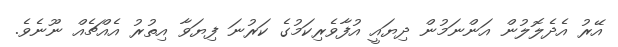
އޭރު އެދެލޮލުން އަންނަމުން ދިޔައީ އުފާވެރިކަމުގެ ކަރުނަ ފިޔަވާ އިތުރު އެއްޗެއް ނޫނެވެ.